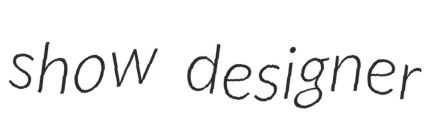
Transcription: show designer